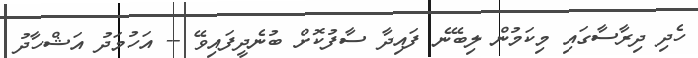
ހެދި ދިރާސާގައި މިކަމުން ލިބޭނެ ފައިދާ ސާފުކޮށް ބުނެދީފައިވޭ -- އަހުމަދު އަޝްހާދު